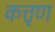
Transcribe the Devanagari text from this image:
कत्तृण